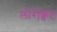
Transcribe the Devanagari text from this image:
लौरोक्वेट